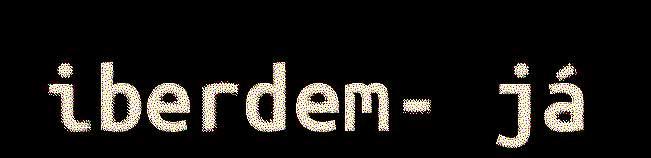
iberdem- já